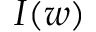
I ( w )